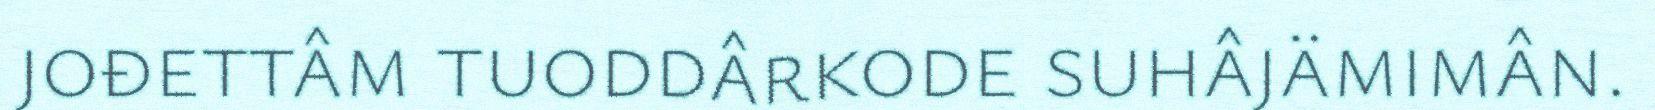
jođettâm tuoddârkode suhâjämimân.